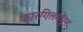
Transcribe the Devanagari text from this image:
कारगिलमधून